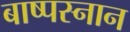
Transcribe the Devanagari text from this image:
बाष्पस्नान